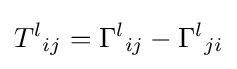
{T^{l}}_{ij}={\Gamma ^{l}}_{ij}-{\Gamma ^{l}}_{ji}